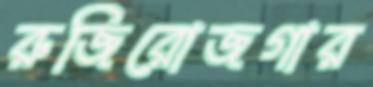
রুজিরোজগার